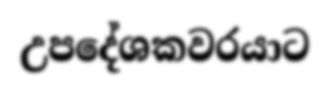
උපදේශකවරයාට